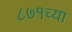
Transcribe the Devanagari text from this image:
८७१च्या